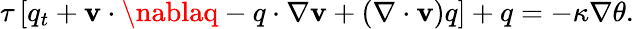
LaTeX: \tau\left[q_{t}+\mathbf{v}\cdot\nablaq-q\cdot\nabla\mathbf{v}+(\nabla\cdot\mathbf{v})q\right]+q=-\kappa\nabla\theta.